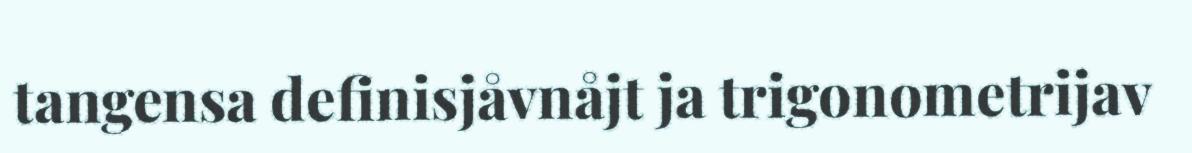
tangensa definisjåvnåjt ja trigonometrijav